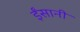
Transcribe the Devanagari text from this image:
ईंसानी